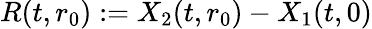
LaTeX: R(t,r_{0}):=X_{2}(t,r_{0})-X_{1}(t,0)